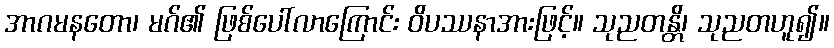
အာဂမနတော၊ မဂ်၏ ဖြစ်ပေါ်လာကြောင်း ဝိပဿနာအားဖြင့်။ သုညတန္တိ၊ သုညတဟူ၍။